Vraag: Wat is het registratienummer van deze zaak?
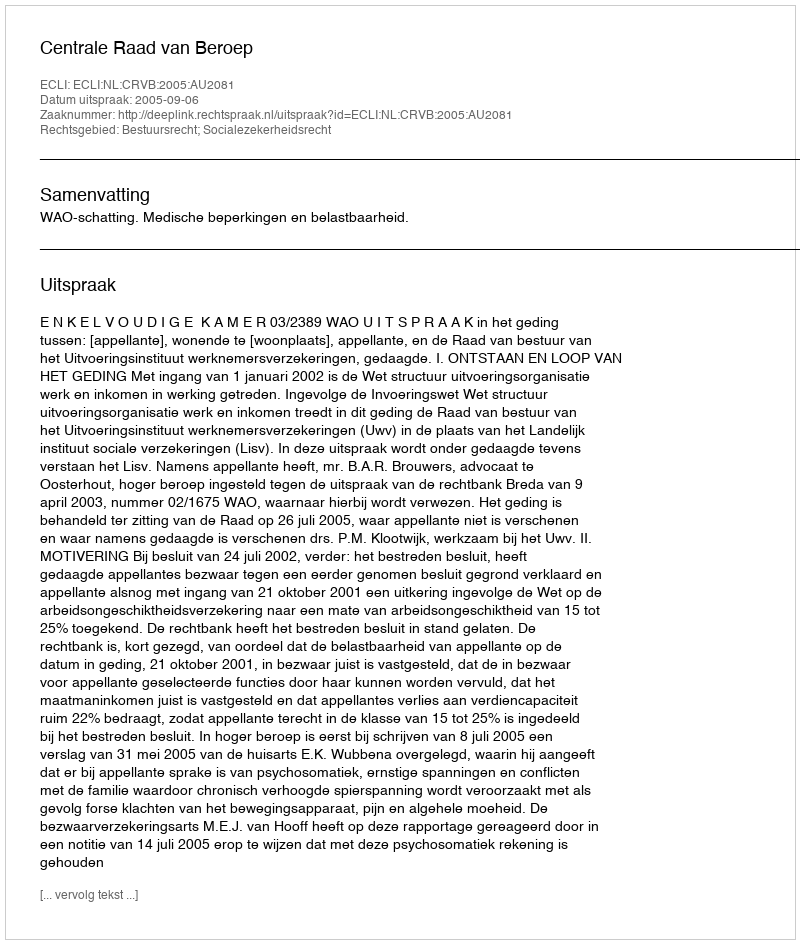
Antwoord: http://deeplink.rechtspraak.nl/uitspraak?id=ECLI:NL:CRVB:2005:AU2081